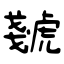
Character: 虦